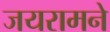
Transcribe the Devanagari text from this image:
जयरामने